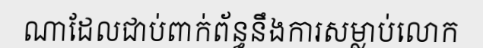
ណាដែលជាប់ពាក់ព័ន្ធនឹងការសម្លាប់លោក